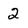
Character: 2